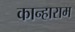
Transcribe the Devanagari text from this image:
कान्हाराम